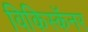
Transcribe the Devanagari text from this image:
विकिस्कॅनर